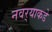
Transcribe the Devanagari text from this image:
नवर्‍याकडे